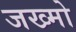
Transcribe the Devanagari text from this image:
जख्मो